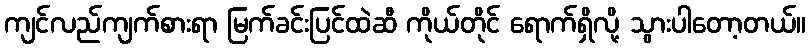
ကျင်လည်ကျက်စားရာ မြက်ခင်းပြင်ထဲဆီ ကိုယ်တိုင် ရောက်ရှိလို့ သွားပါတော့တယ်။